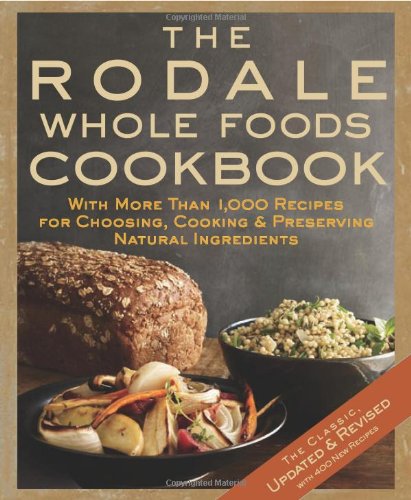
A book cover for The Rodale Whole Foods Cookbook: With More Than 1,000 Recipes for Choosing, Cooking, & Preserving Natural Ingredients; Dara Demoelt; Cookbooks, Food & Wine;